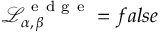
\mathcal { L } _ { \alpha , \, \beta } ^ { \mathrm { ~ e ~ d ~ g ~ e ~ } } = f a l s e